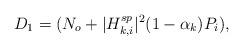
LaTeX: \begin{align*}D_1 = (N_o+|H_{k,i}^{sp}|^2(1-\alpha_k)P_i),\end{align*}